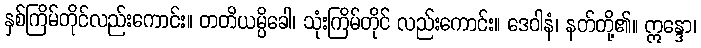
နှစ်ကြိမ်တိုင်လည်းကောင်း။ တတိယမ္ပိခေါ၊ သုံးကြိမ်တိုင် လည်းကောင်း။ ဒေဝါနံ၊ နတ်တို့၏။ ဣန္ဒော၊